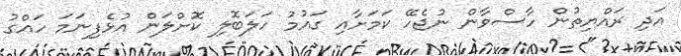
އަދި ރައްޔިތުން ހާސްވާން ނުޖެހޭ ކަމަށާއި ގައުމު ހަލަބޮލި ކޮށްލަން އުޅެފިނަމަ ހައްގު